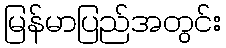
မြန်မာပြည်အတွင်း